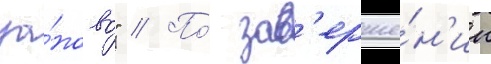
за́ново" // По́ зав'ерше́н'ии